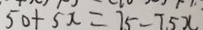
5 0 + 5 x = 7 5 - 2 5 x